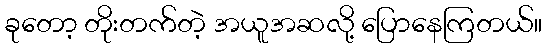
ခုတော့ တိုးတက်တဲ့ အယူအဆလို့ ပြောနေကြတယ်။